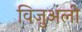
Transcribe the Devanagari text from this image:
विज़ुअली